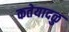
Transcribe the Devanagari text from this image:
कतेयादळु